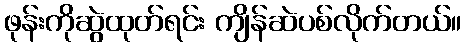
ဖုန်းကိုဆွဲထုတ်ရင်း ကျိန်ဆဲပစ်လိုက်တယ်။